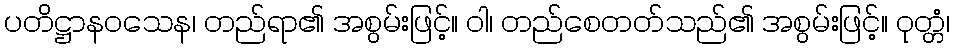
ပတိဋ္ဌာနဝသေန၊ တည်ရာ၏ အစွမ်းဖြင့်။ ဝါ၊ တည်စေတတ်သည်၏ အစွမ်းဖြင့်။ ဝုတ္တံ၊